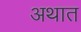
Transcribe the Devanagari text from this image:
अथात